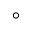
^ { \circ }